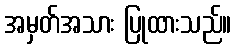
အမှတ်အသား ပြုထားသည်။